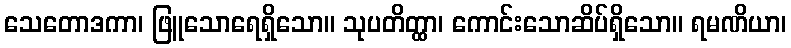
သေတောဒကာ၊ ဖြူသောရေရှိသော။ သုပတိတ္ထာ၊ ကောင်းသောဆိပ်ရှိသော။ ရမဏိယာ၊